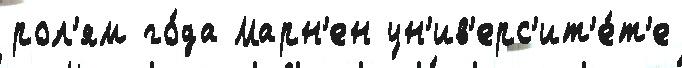
рол'ям го́да Марн'ен ун'ив'ерс'ит'е́т'е